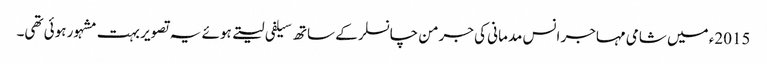
2015ء میں شامی مہاجر انس مدمانی کی جرمن چانسلر کے ساتھ سیلفی لیتے ہوئے یہ تصویر بہت مشہور ہوئی تھی۔